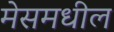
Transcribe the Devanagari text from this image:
मेसमधील